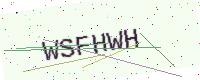
Text: WSFHWH